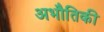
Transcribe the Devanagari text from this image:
अभौतिकी